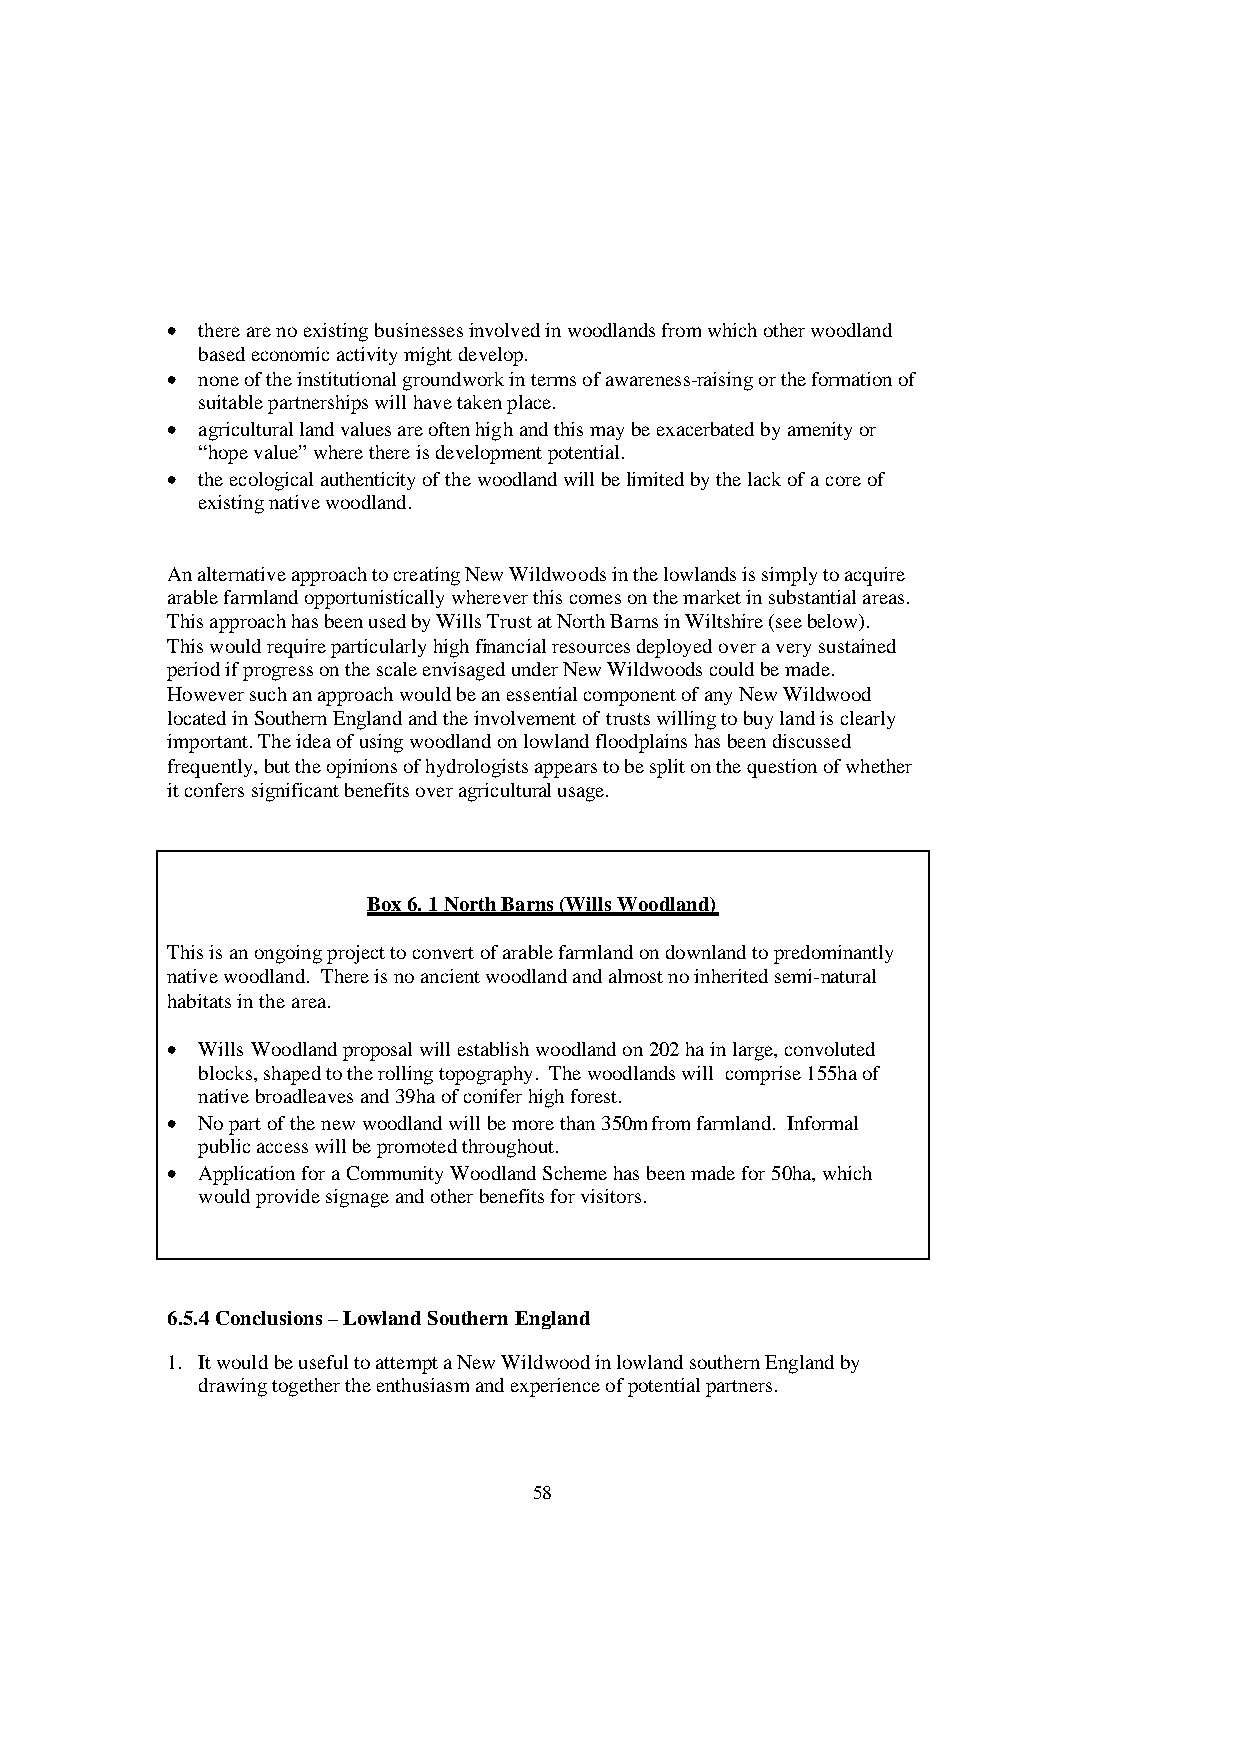
• there are no existing businesses involved in woodlands from which other woodland
 based economic activity might develop.
 • none of the institutional groundwork in terms of awareness-raising or the formation of
 suitable partnerships will have taken place.
 • agricultural land values are often high and this may be exacerbated by amenity or
 “hope value” where there is development potential.
 • the ecological authenticity of the woodland will be limited by the lack of a core of
 existing native woodland.
 An alternative approach to creating New Wildwoods in the lowlands is simply to acquire
 arable farmland opportunistically wherever this comes on the market in substantial areas.
 This approach has been used by Wills Trust at North Barns in Wiltshire (see below).
 This would require particularly high financial resources deployed over a very sustained
 period if progress on the scale envisaged under New Wildwoods could be made.
 However such an approach would be an essential component of any New Wildwood
 located in Southern England and the involvement of trusts willing to buy land is clearly
 important. The idea of using woodland on lowland floodplains has been discussed
 frequently, but the opinions of hydrologists appears to be split on the question of whether
 it confers significant benefits over agricultural usage.
 Box 6. 1 North Barns (Wills Woodland)
 This is an ongoing project to convert of arable farmland on downland to predominantly
 native woodland. There is no ancient woodland and almost no inherited semi-natural
 habitats in the area.
 • Wills Woodland proposal will establish woodland on 202 ha in large, convoluted
 blocks, shaped to the rolling topography. The woodlands will comprise 155ha of
 native broadleaves and 39ha of conifer high forest.
 • No part of the new woodland will be more than 350m from farmland. Informal
 public access will be promoted throughout.
 • Application for a Community Woodland Scheme has been made for 50ha, which
 would provide signage and other benefits for visitors.
 6.5.4 Conclusions – Lowland Southern England
 1. It would be useful to attempt a New Wildwood in lowland southern England by
 drawing together the enthusiasm and experience of potential partners.
 58